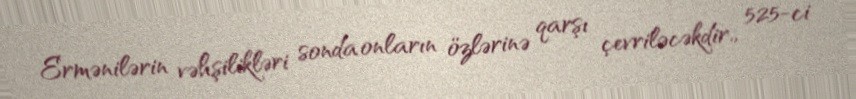
Ermənilərin vəhşilikləri sonda onların özlərinə qarşı çevriləcəkdir., 525-ci